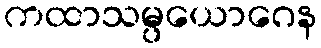
ကထာသမ္ပယောဂေန